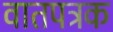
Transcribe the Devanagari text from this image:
वातपत्रक